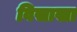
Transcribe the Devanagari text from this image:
विसाखा